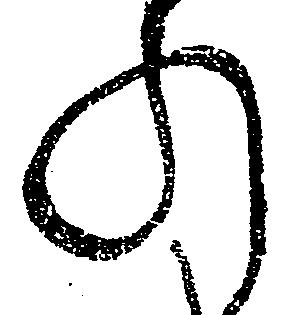
の